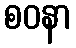
စဝနာ